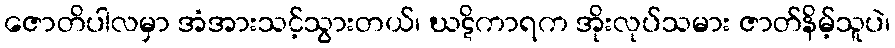
ဇောတိပါလမှာ အံအားသင့်သွားတယ်၊ ဃဋိကာရက အိုးလုပ်သမား ဇာတ်နိမ့်သူပဲ၊